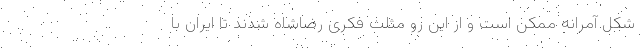
شکل آمرانه ممکن است و از این رو مثلث فکری رضا‌شاه شدند تا ایران با